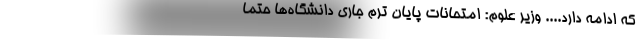
که ادامه دارد.... وزیر علوم: امتحانات پایان ترم جاری دانشگاه‌ها حتماً